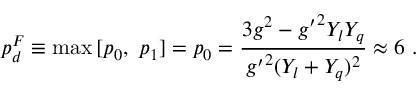
p _ { d } ^ { F } \equiv \operatorname * { m a x } { [ p _ { 0 } , ~ p _ { 1 } ] } = p _ { 0 } = \frac { 3 g ^ { 2 } - { g ^ { \prime } } ^ { 2 } Y _ { l } Y _ { q } } { { g ^ { \prime } } ^ { 2 } ( Y _ { l } + Y _ { q } ) ^ { 2 } } \approx 6 ~ .